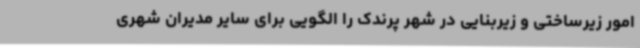
امور زیرساختی و زیربنایی در شهر پرندک را الگویی برای سایر مدیران شهری